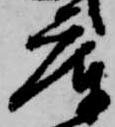
庫